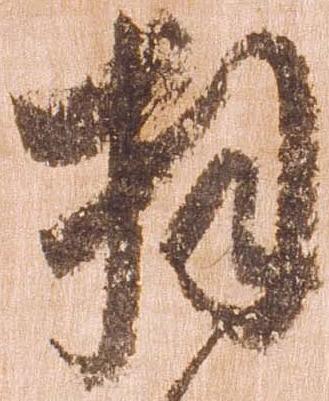
拝